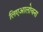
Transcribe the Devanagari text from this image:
लिएआलोचना